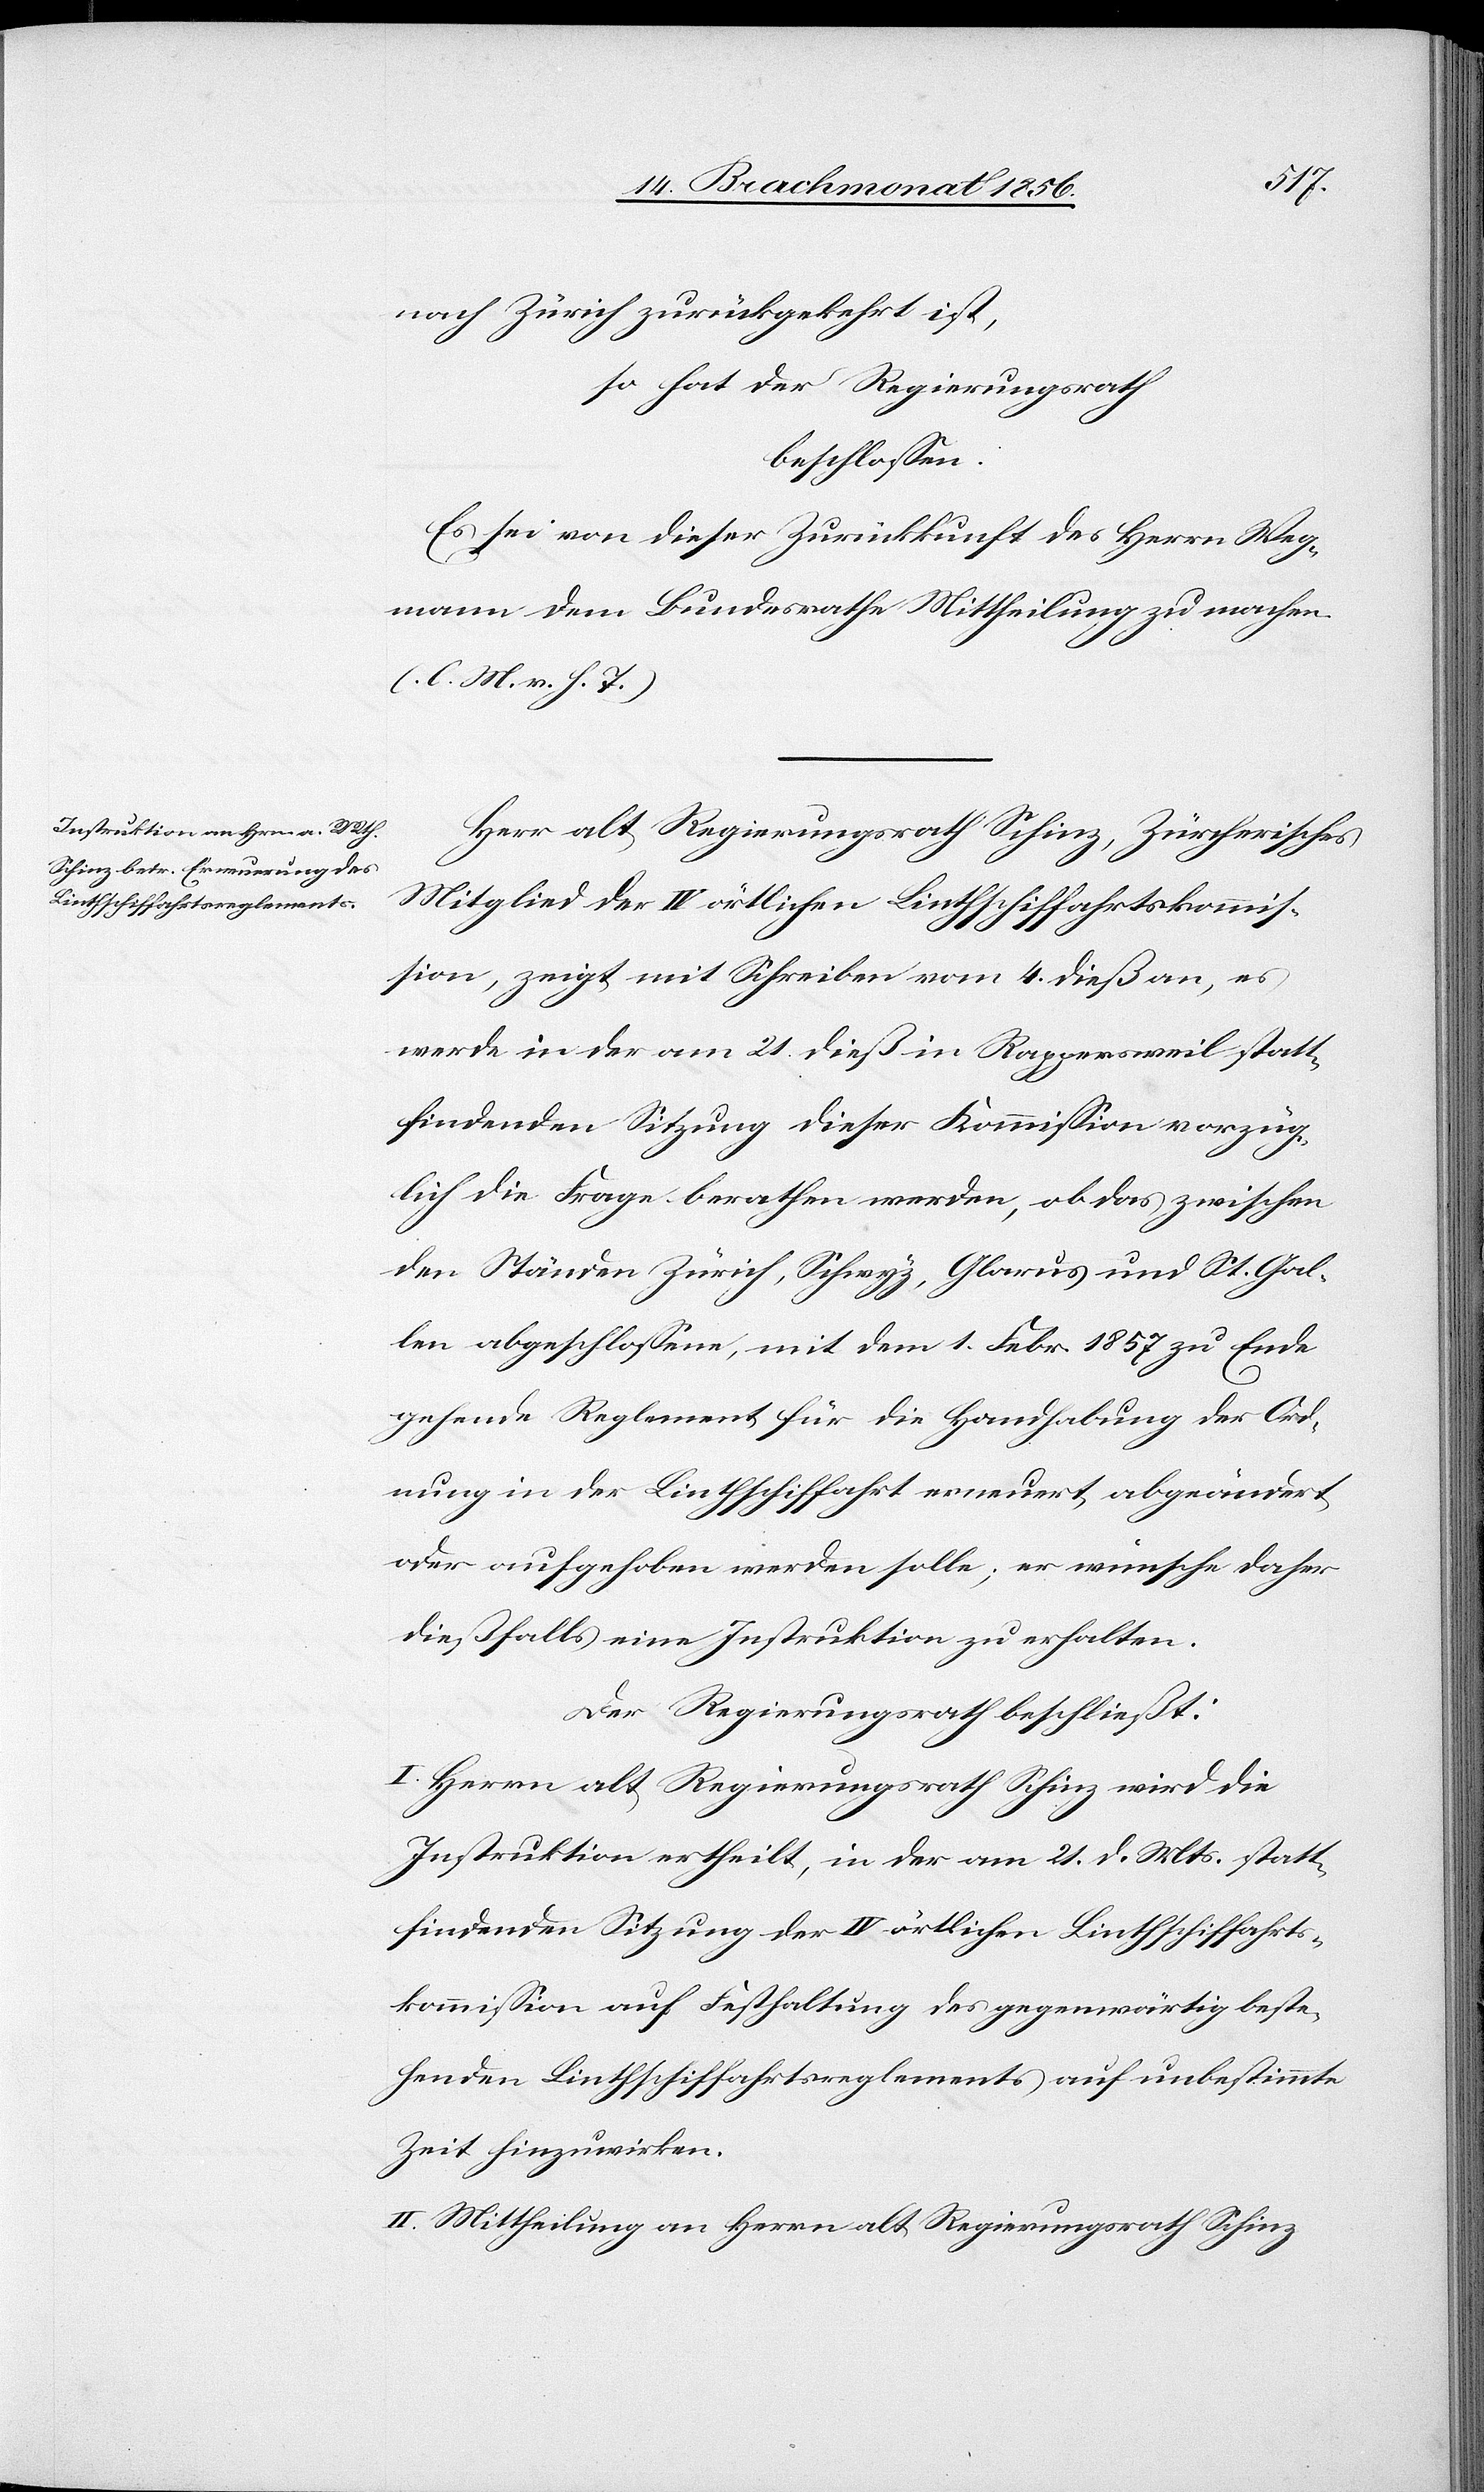
nach Zürich zurückgekehrt ist,
so hat der Regierungsrath
beschlossen:
Es sei von dieser Zurückkunft des Herrn Weg¬
mann dem Bundesrathe Mittheilung zu machen.
(l. M. v. h. T.)
Herr alt Regierungsrath Schinz, Zürcherisches
Mitglied der IV örtlichen Linthschiffahrtskommis¬
sion, zeigt mit Schreiben vom 4. dieß an, es
werde in der am 21. dieß in Rappersweil statt¬
findenden Sitzung dieser Kommission vorzüg¬
lich die Frage berathen werden, ob das zwischen
den Ständen Zürich, Schwyz, Glarus und St. Gal¬
len abgeschlossene, mit dem 1. Febr. 1857 zu Ende
gehende Reglement für die Handhabung der Ord¬
nung in der Linthschiffahrt erneuert, abgeändert
oder aufgehoben werden solle; er wünsche daher
dießfalls eine Instruktion zu erhalten.
Der Regierungsrath beschließt:
I. Herrn alt Regierungsrath Schinz wird die
Instruktion ertheilt, in der am 21. d. Mts. statt¬
findenden Sitzung der IV örtlichen Linthschiffahrts¬
kommission auf Festhaltung des gegenwärtig beste¬
henden Linthschiffahrtsreglements auf unbestimmte
Zeit hinzuwirken.
II. Mittheilung an Herrn alt Regierungsrath Schinz